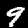
Digit: 9